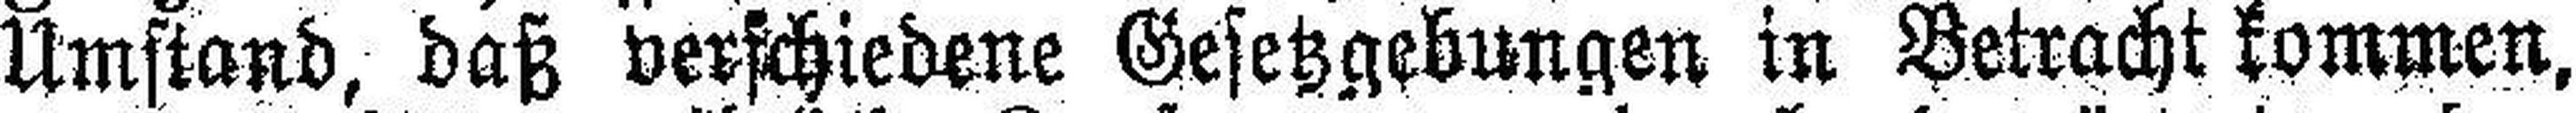
Umstand, daß verschiedene Gesetzgebungen in Betracht kommen,